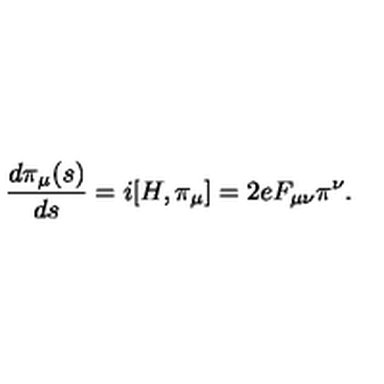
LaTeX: \frac { d \pi _ { \mu } ( s ) } { d s } = i [ H , \pi _ { \mu } ] = 2 e F _ { \mu \nu } \pi ^ { \nu } .